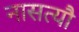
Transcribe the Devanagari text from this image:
नासत्यौ